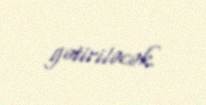
gətiriləcək.